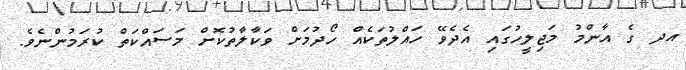
އދ ގެ އާންމު މަޖިލީހުގައި އެދެވޭ ހައްލުތަކެއް ހޯދުމަށް ވަކާލާތުކޮށް މަސައްކަތް ކުރަމުންނެވެ.